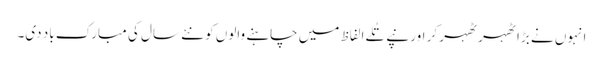
انہوں نے بڑا ٹھہر ٹھہر کر اور نپے تُلے الفاظ میں چاہنے والوں کو نئے سال کی مبارک باد دی۔